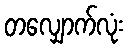
တလျှောက်လုံး